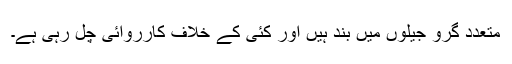
متعدد گرو جیلوں میں بند ہیں اور کئی کے خلاف کارروائی چل رہی ہے۔